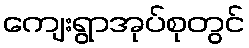
ကျေးရွာအုပ်စုတွင်